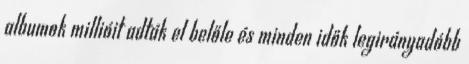
albumok millióit adták el belőle és minden idők legirányadóbb